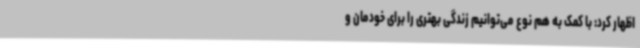
اظهار کرد: با کمک به هم نوع می‌توانیم زندگی بهتری را برای خودمان و